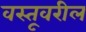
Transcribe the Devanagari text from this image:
वस्तूवरील